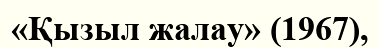
«Қызыл жалау» (1967),